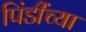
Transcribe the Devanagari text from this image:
पिंडींच्या